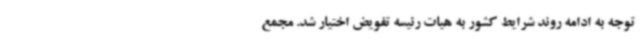
توجه به ادامه روند شرایط کشور به هیات رئیسه تفویض اختیار شد. مجمع